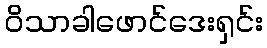
ဝိသာခါဖောင်ဒေးရှင်း